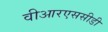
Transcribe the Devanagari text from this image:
वीआरएससीडी